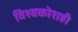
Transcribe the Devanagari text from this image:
विश्वकोशही